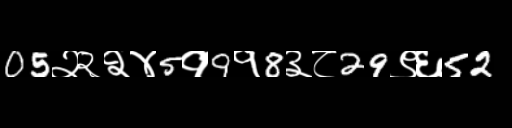
Text: 05२२२४5१9१8३८29९६52